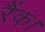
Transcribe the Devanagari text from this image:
रैंक।